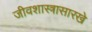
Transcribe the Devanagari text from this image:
जीवशास्त्रासारखे